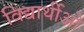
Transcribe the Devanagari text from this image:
विद्यार्थीओ